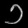
Digit: ၁